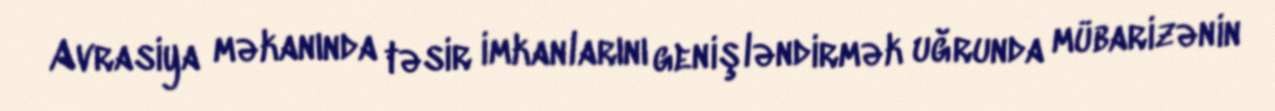
Avrasiya məkanında təsir imkanlarını genişləndirmək uğrunda mübarizənin